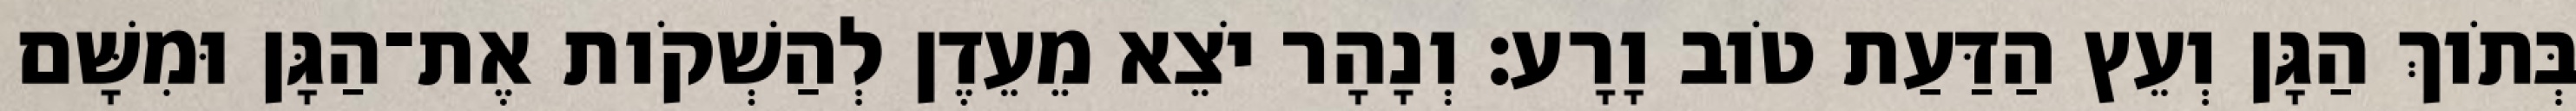
בְּתֹוךְ הַגָּן וְעֵץ הַדַּעַת טֹוב וָרָע׃ וְנָהָר יֹצֵא מֵעֵדֶן לְהַשְׁקֹות אֶת־הַגָּן וּמִשָּׁם